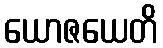
ယောဇယေတိ